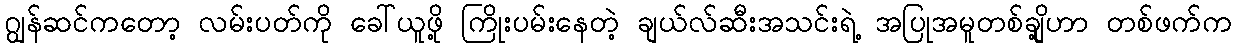
ဂျွန်ဆင်ကတော့ လမ်းပတ်ကို ခေါ်ယူဖို့ ကြိုးပမ်းနေတဲ့ ချယ်လ်ဆီးအသင်းရဲ့ အပြုအမူတစ်ချို့ဟာ တစ်ဖက်က